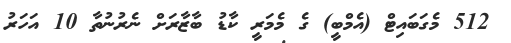
512 މެގަބައިޓް (އެމްބީ) ގެ މެމަރީ ކާޑު ބާޒާރަށް ނެރުނުތާ 10 އަހަރު